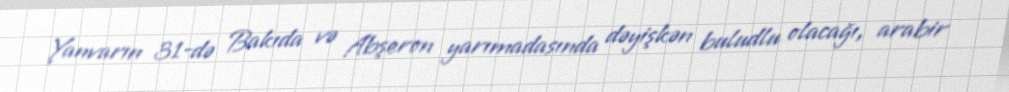
Yanvarın 31-də Bakıda və Abşeron yarımadasında dəyişkən buludlu olacağı, arabir